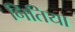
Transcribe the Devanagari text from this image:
नितिया